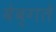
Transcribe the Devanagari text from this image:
वेब्गते